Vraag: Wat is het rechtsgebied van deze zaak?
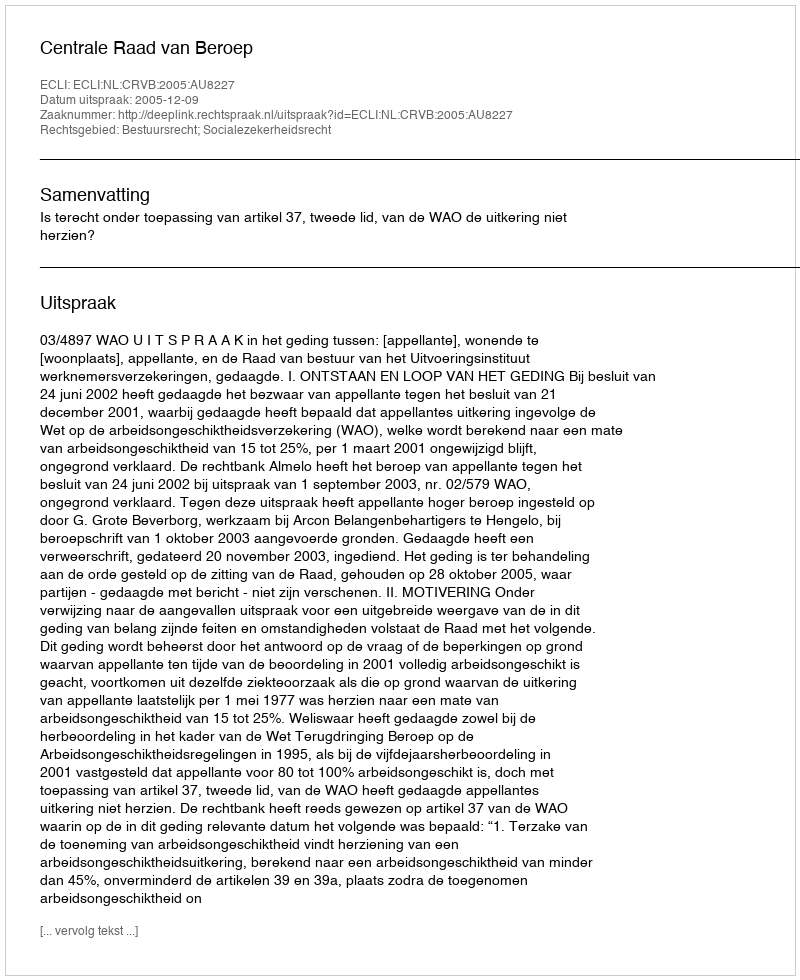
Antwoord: Bestuursrecht; Socialezekerheidsrecht